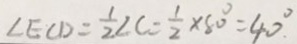
\angle E C D = \frac { 1 } { 2 } \angle C = \frac { 1 } { 2 } \times 8 0 ^ { \circ } = 4 0 ^ { \circ }